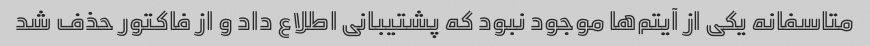
متاسفانه یکی از آیتم‌ها موجود نبود که پشتیبانی اطلاع داد و از فاکتور حذف شد